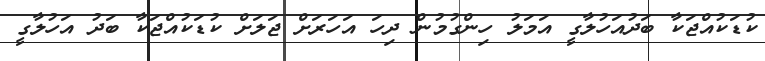
ކުޑަކުއްޖަކާ ބަދުއަހުލާގީ އަމަލު ހިންގުމުން ދިހަ އަހަރަށް ޖަލަށް ކުޑަކުއްޖަކާ ބަދު އަހުލާގީ